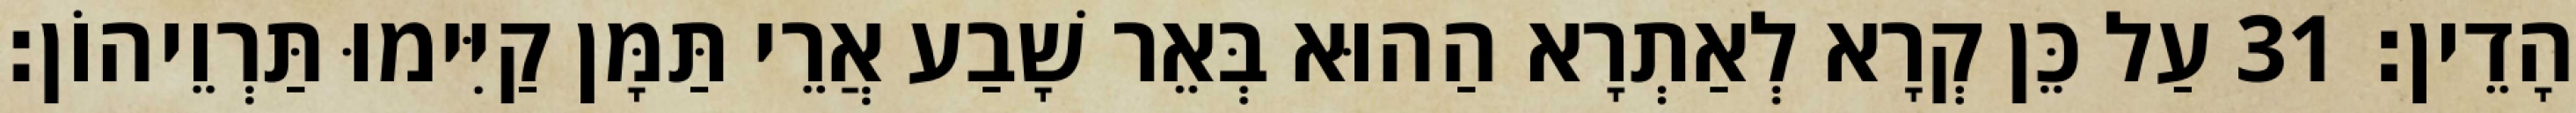
הָדֵין׃ 31 עַל כֵּן קְרָא לְאַתְרָא הַהוּא בְּאֵר שָׁבַע אֲרֵי תַּמָּן קַיִּימוּ תַּרְוֵיהוֹן׃